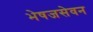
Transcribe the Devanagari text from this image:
भेषजसेवन